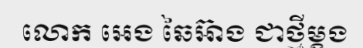
លោក អេង ឆៃអ៊ាង ជាថ្មីម្តង